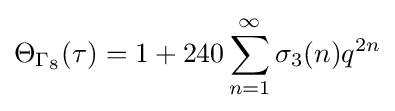
\Theta _{\Gamma _{8}}(\tau )=1+240\sum _{n=1}^{\infty }\sigma _{3}(n)q^{2n}